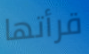
قرأتها